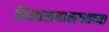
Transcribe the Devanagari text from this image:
हिमालयालगतच्या